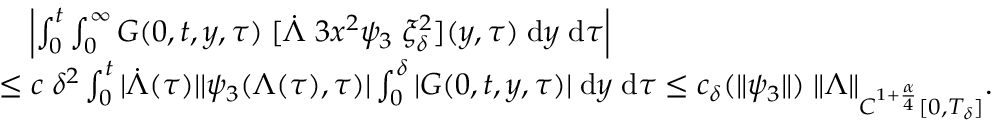
\begin{array} { r l } & { \quad \left| \int \displaylimits _ { 0 } ^ { t } \int \displaylimits _ { 0 } ^ { \infty } { G ( 0 , t , y , \tau ) \; [ \dot { \Lambda } \; 3 x ^ { 2 } \psi _ { 3 } \; \xi _ { \delta } ^ { 2 } ] ( y , \tau ) \; \mathrm { d } y \; \mathrm { d } \tau } \right| } \\ & { \le c \; \delta ^ { 2 } \int \displaylimits _ { 0 } ^ { t } | \dot { \Lambda } ( \tau ) | | \psi _ { 3 } ( \Lambda ( \tau ) , \tau ) | \int \displaylimits _ { 0 } ^ { \delta } | G ( 0 , t , y , \tau ) | \; \mathrm { d } y \; \mathrm { d } \tau \le c _ { \delta } ( \| \psi _ { 3 } \| ) \; \| \Lambda \| _ { C ^ { 1 + \frac { \alpha } { 4 } } [ 0 , T _ { \delta } ] } . } \end{array}